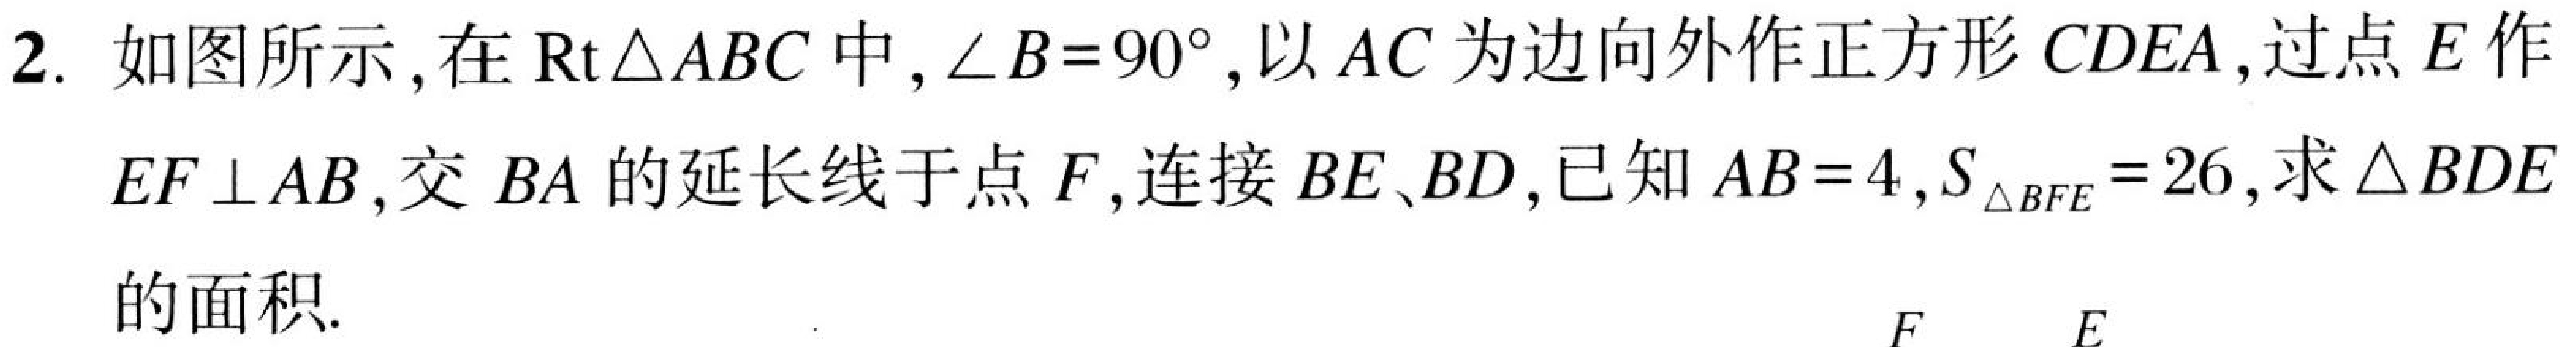
2. 如图所示，在 \(\text{Rt}\triangle ABC\) 中，\(\angle B = 90^{\circ}\)，以 \(AC\) 为边向外作正方形 \(CDEA\)，过点 \(E\) 作 \(EF\perp AB\)，交 \(BA\) 的延长线于点 \(F\)，连接 \(BE\)、\(BD\)，已知 \(AB = 4\)，\(S_{\triangle BFE}=26\)，求 \(\triangle BDE\) 的面积.